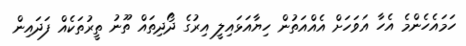
ހަމައެހެންމެ އެހާ އަވަހަށް އެއްއަތުން ހިޔާއަޅައިލީ އިރުގެ ދޯދިތައް ތޫނު ތީރުތަކެއް ފަދައިން